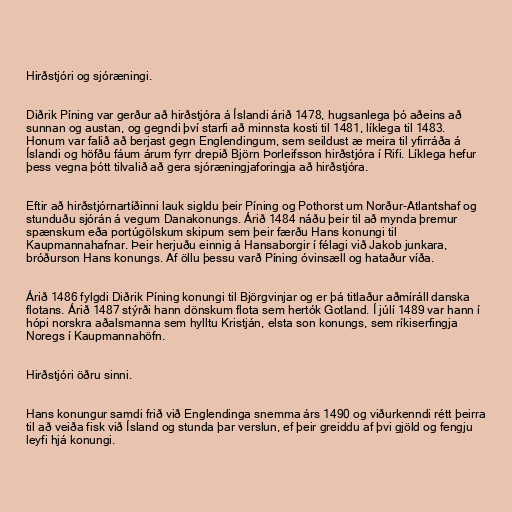
Hirðstjóri og sjóræningi.

Diðrik Píning var gerður að hirðstjóra á Íslandi árið 1478, hugsanlega þó aðeins að
sunnan og austan, og gegndi því starfi að minnsta kosti til 1481, líklega til 1483.
Honum var falið að berjast gegn Englendingum, sem seildust æ meira til yfirráða á
Íslandi og höfðu fáum árum fyrr drepið Björn Þorleifsson hirðstjóra í Rifi. Líklega hefur
þess vegna þótt tilvalið að gera sjóræningjaforingja að hirðstjóra.

Eftir að hirðstjórnartíðinni lauk sigldu þeir Píning og Pothorst um Norður-Atlantshaf og
stunduðu sjórán á vegum Danakonungs. Árið 1484 náðu þeir til að mynda þremur
spænskum eða portúgölskum skipum sem þeir færðu Hans konungi til
Kaupmannahafnar. Þeir herjuðu einnig á Hansaborgir í félagi við Jakob junkara,
bróðurson Hans konungs. Af öllu þessu varð Píning óvinsæll og hataður víða.

Árið 1486 fylgdi Diðrik Píning konungi til Björgvinjar og er þá titlaður aðmíráll danska
flotans. Árið 1487 stýrði hann dönskum flota sem hertók Gotland. Í júlí 1489 var hann í
hópi norskra aðalsmanna sem hylltu Kristján, elsta son konungs, sem ríkiserfingja
Noregs í Kaupmannahöfn.

Hirðstjóri öðru sinni.

Hans konungur samdi frið við Englendinga snemma árs 1490 og viðurkenndi rétt þeirra
til að veiða fisk við Ísland og stunda þar verslun, ef þeir greiddu af þvi gjöld og fengju
leyfi hjá konungi.